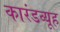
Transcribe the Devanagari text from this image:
कारंडव्यूह